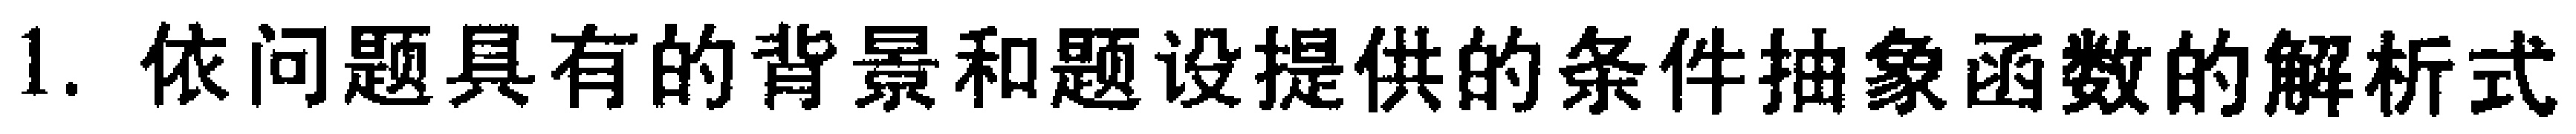
1. 依问题具有的背景和题设提供的条件抽象函数的解析式